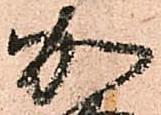
加